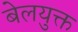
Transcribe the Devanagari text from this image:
बेलयुक्त